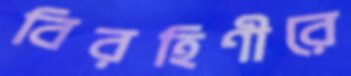
বিরহিণীরে